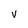
Character: v